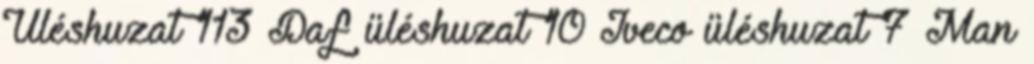
Üléshuzat 113 Daf üléshuzat 10 Iveco üléshuzat 7 Man